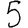
Digit: 5